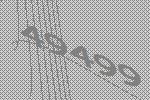
49499